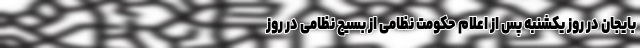
بایجان در روز یکشنبه پس از اعلام حکومت نظامی از بسیج نظامی در روز